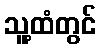
သူ့ထံတွင်